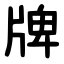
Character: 牌